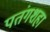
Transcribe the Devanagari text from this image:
पतंगशहा